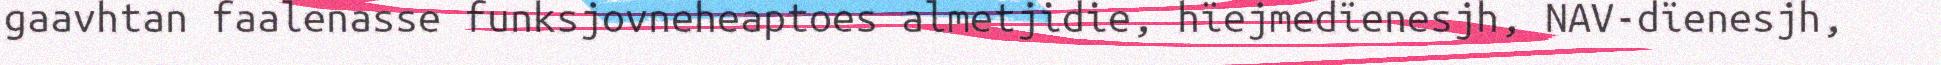
gaavhtan faalenasse funksjovneheaptoes almetjidie, hïejmedïenesjh, NAV-dïenesjh,